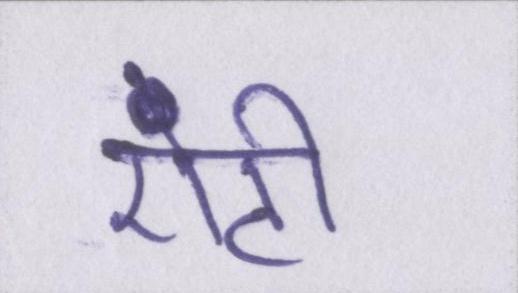
एंटी